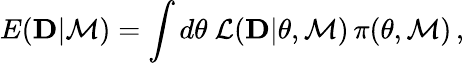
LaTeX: E({\mathbf D}|{\cal M})=\int d{\mathbf\theta}\ {\cal L}({\mathbf D}|{\mathbf\theta},{\cal M})\, \pi({\mathbf\theta},{\cal M})\, ,